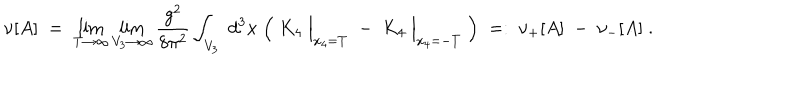
\nu [ A ] \; = \; \lim _ { T \rightarrow \infty } \lim _ { V _ { 3 } \rightarrow \infty } \frac { g ^ { 2 } } { 8 \pi ^ { 2 } } \int _ { V _ { 3 } } \; d ^ { 3 } x \; \Big ( \; K _ { 4 } \; \Big | _ { x _ { 4 } = T } \; - \; K _ { 4 } \; \Big | _ { x _ { 4 } = - T } \; \Big ) \; = : \; \nu _ { + } [ A ] \; - \; \nu _ { - } [ A ] \; .